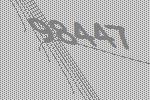
98447